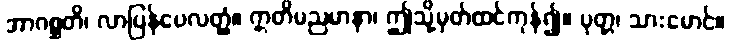
အာဂစ္ဆတိ၊ လာပြန်ပေလတ္တံ့။ ဣတိမညမာနာ၊ ဤသို့မှတ်ထင်ကုန်၍။ ပုတ္တ၊ သားမောင်။